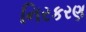
નિરકરણ